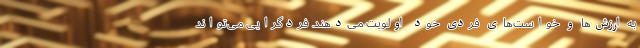
به ارزش‌ها و خواست‌های فردی خود اولویت می‌دهند. فردگرایی می‌تواند